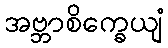
အဗ္ဘာစိက္ခေယျံ